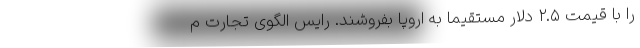
را با قیمت ۲.۵ دلار مستقیماً به اروپا بفروشند. رایس الگوی تجارت م